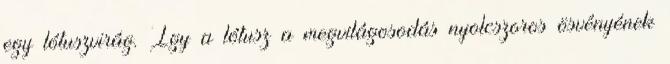
egy lótuszvirág. Így a lótusz a megvilágosodás nyolcszoros ösvényének